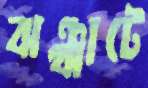
ঝঞ্ঝাটে